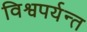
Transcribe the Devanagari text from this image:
विश्वपर्यन्त